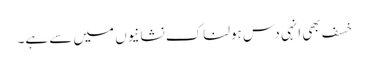
خسف بھی انہی دس ہولناک نشانیوں میں سے ہے۔